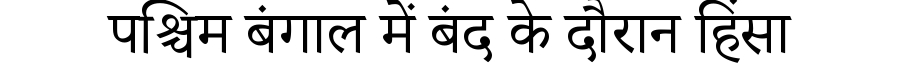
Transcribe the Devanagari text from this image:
पश्चिम बंगाल में बंद के दौरान हिंसा